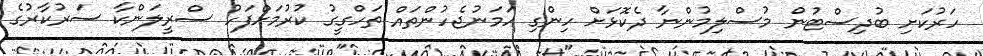
ހަރުކަށި ބުދިސްޓުން މުސްލިމުންނާ ދެކޮޅަށް ހިންގި ހަމަނުޖެހުންތައް ތަހްގީގު ކުރުމަށްފަހު ސްރީލަންކާ ސަރުކާރުގެ